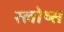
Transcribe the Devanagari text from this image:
स्लोथ्स